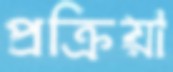
প্রক্রিয়া